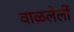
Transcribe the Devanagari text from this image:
वाळलेलीं